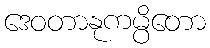
ဒေဝတာနုကမ္ပိတော